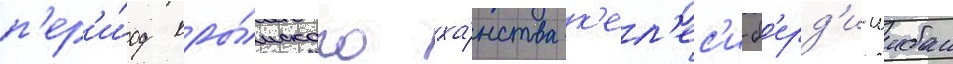
п'ер'и́од кры́мского ха́нства к'ел'ес'и-б'ерд'и-шибан